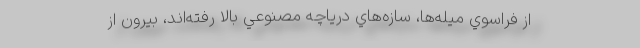
از فراسوي ميله‌ها، سازه‌هاي درياچه مصنوعي بالا رفته‌اند، بيرون از